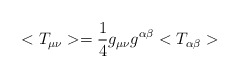
\begin{align*}<T_{\mu\nu}>=\frac{1}{4}g_{\mu\nu}g^{\alpha\beta}<T_{\alpha\beta}>\end{align*}